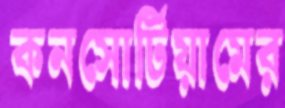
কনসোর্টিয়ামের